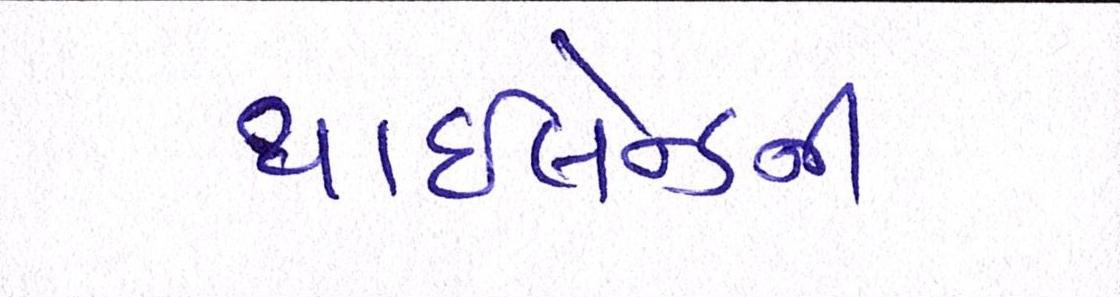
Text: થાઇલેન્ડની